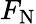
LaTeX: F_{\mathrm{N}}